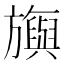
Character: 旟